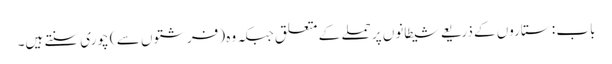
باب : ستاروں کے ذریعے شیطانوں پر حملے کے متعلق جبکہ وہ (فرشتوں سے ) چوری سنتے ہیں۔